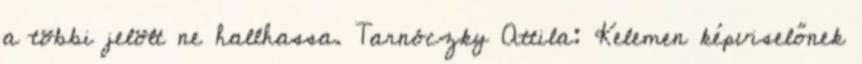
a többi jelölt ne hallhassa. Tarnóczky Attila: Kelemen képviselőnek